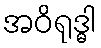
အဝိရုဒ္ဓါ